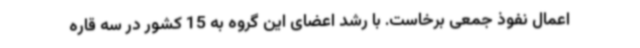
اعمال نفوذ جمعی برخاست. با رشد اعضای این گروه به 15 کشور در سه قاره